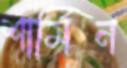
শার্মিন